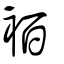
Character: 袹